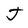
Character: J